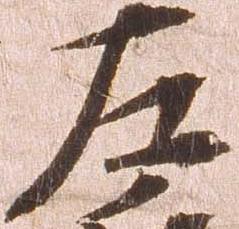
左